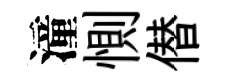
潼惻僣